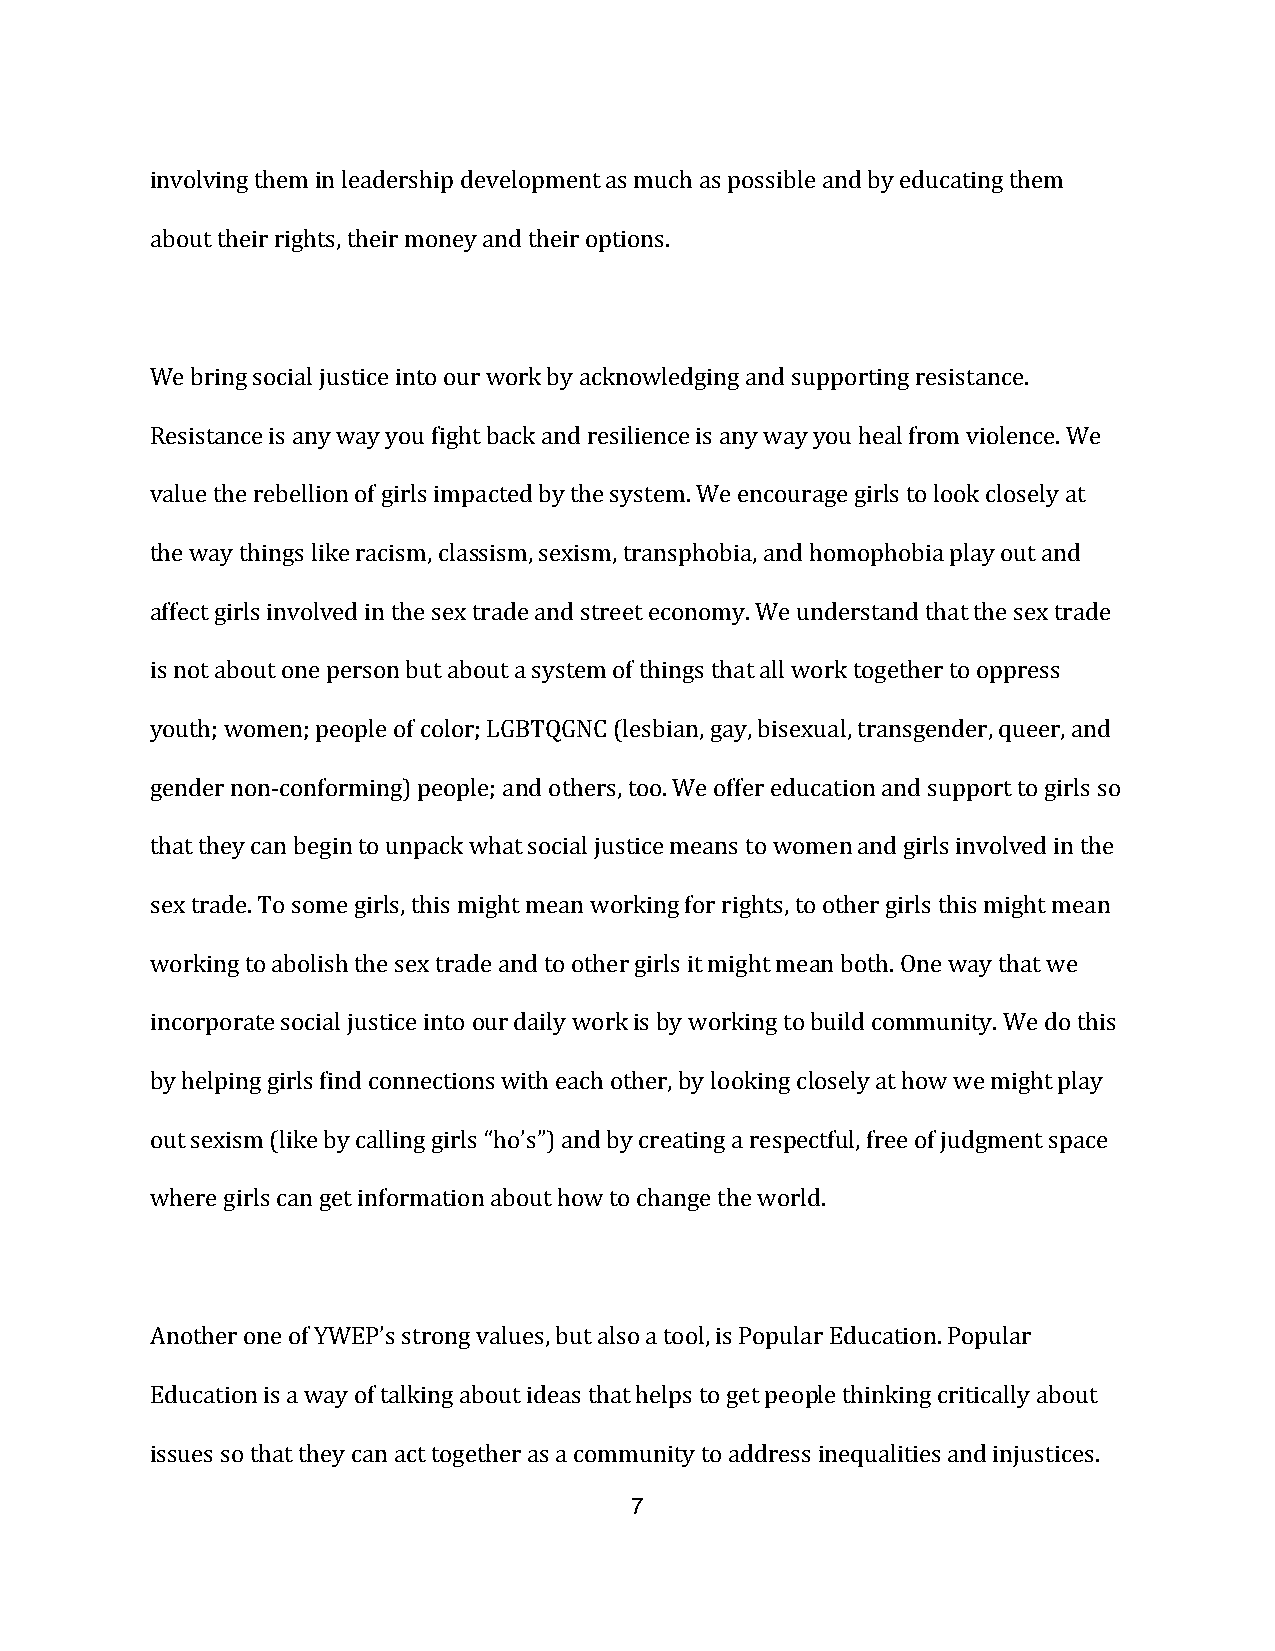
involving them in leadership development as much as possible and by educating them
 about their rights, their money and their options.
 We bring social justice into our work by acknowledging and supporting resistance.
 Resistance is any way you fight back and resilience is any way you heal from violence. We
 value the rebellion of girls impacted by the system. We encourage girls to look closely at
 the way things like racism, classism, sexism, transphobia, and homophobia play out and
 affect girls involved in the sex trade and street economy. We understand that the sex trade
 is not about one person but about a system of things that all work together to oppress
 youth; women; people of color; LGBTQGNC (lesbian, gay, bisexual, transgender, queer, and
 gender non-conforming) people; and others, too. We offer education and support to girls so
 that they can begin to unpack what social justice means to women and girls involved in the
 sex trade. To some girls, this might mean working for rights, to other girls this might mean
 working to abolish the sex trade and to other girls it might mean both. One way that we
 incorporate social justice into our daily work is by working to build community. We do this
 by helping girls find connections with each other, by looking closely at how we might play
 out sexism (like by calling girls “ho’s”) and by creating a respectful, free of judgment space
 where girls can get information about how to change the world.
 Another one of YWEP’s strong values, but also a tool, is Popular Education. Popular
 Education is a way of talking about ideas that helps to get people thinking critically about
 issues so that they can act together as a community to address inequalities and injustices.
 7